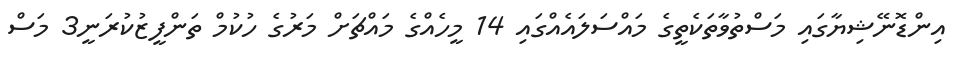
އިންޑޮނޭޝިޔާގައި މަސްތުވާތަކެތީގެ މައްސަލައެއްގައި 14 މީހެއްގެ މައްޗަށް މަރުގެ ހުކުމް ތަންފީޒުކުރަނީ3 މަސް